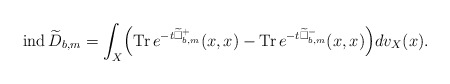
\begin{align*} \mathrm{ind\,}\widetilde D_{b,m}=\int_X\Bigr(\mathrm{Tr\,}e^{-t\widetilde{\Box}^{+}_{b,m}}(x,x)-\mathrm{Tr\,}e^{-t\widetilde{\Box}^{-}_{b,m}}(x,x)\Bigr)dv_X(x).\end{align*}